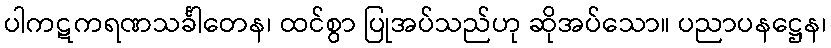
ပါကဋကရဏသင်္ခါတေန၊ ထင်စွာ ပြုအပ်သည်ဟု ဆိုအပ်သော။ ပညာပနဋ္ဌေန၊